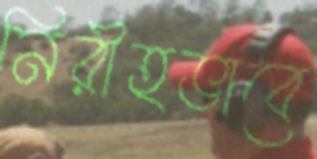
নিরীহভাবে